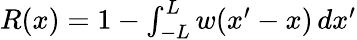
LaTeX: \begin{array}{r}{R(x)=1-\int_{-L}^{L}w(x^{\prime}-x)\, dx^{\prime}}\end{array}